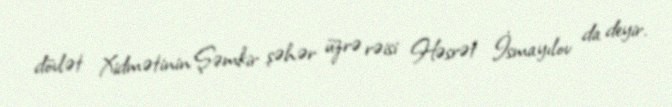
dövlət Xidmətinin Şəmkir şəhər üzrə rəisi Həsrət İsmayılov da deyir.